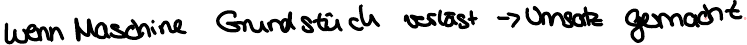
wenn Maschine Grundstück verläst -> Umsatz gemacht